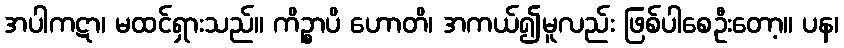
အပါကဋာ၊ မထင်ရှားသည်။ ကိဉ္စာပိ ဟောတိ၊ အကယ်၍မူလည်း ဖြစ်ပါစေဦးတော့။ ပန၊